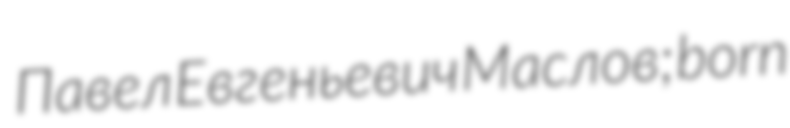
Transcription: Павел Евгеньевич Маслов; born